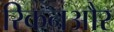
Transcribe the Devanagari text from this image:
रिकनऔर